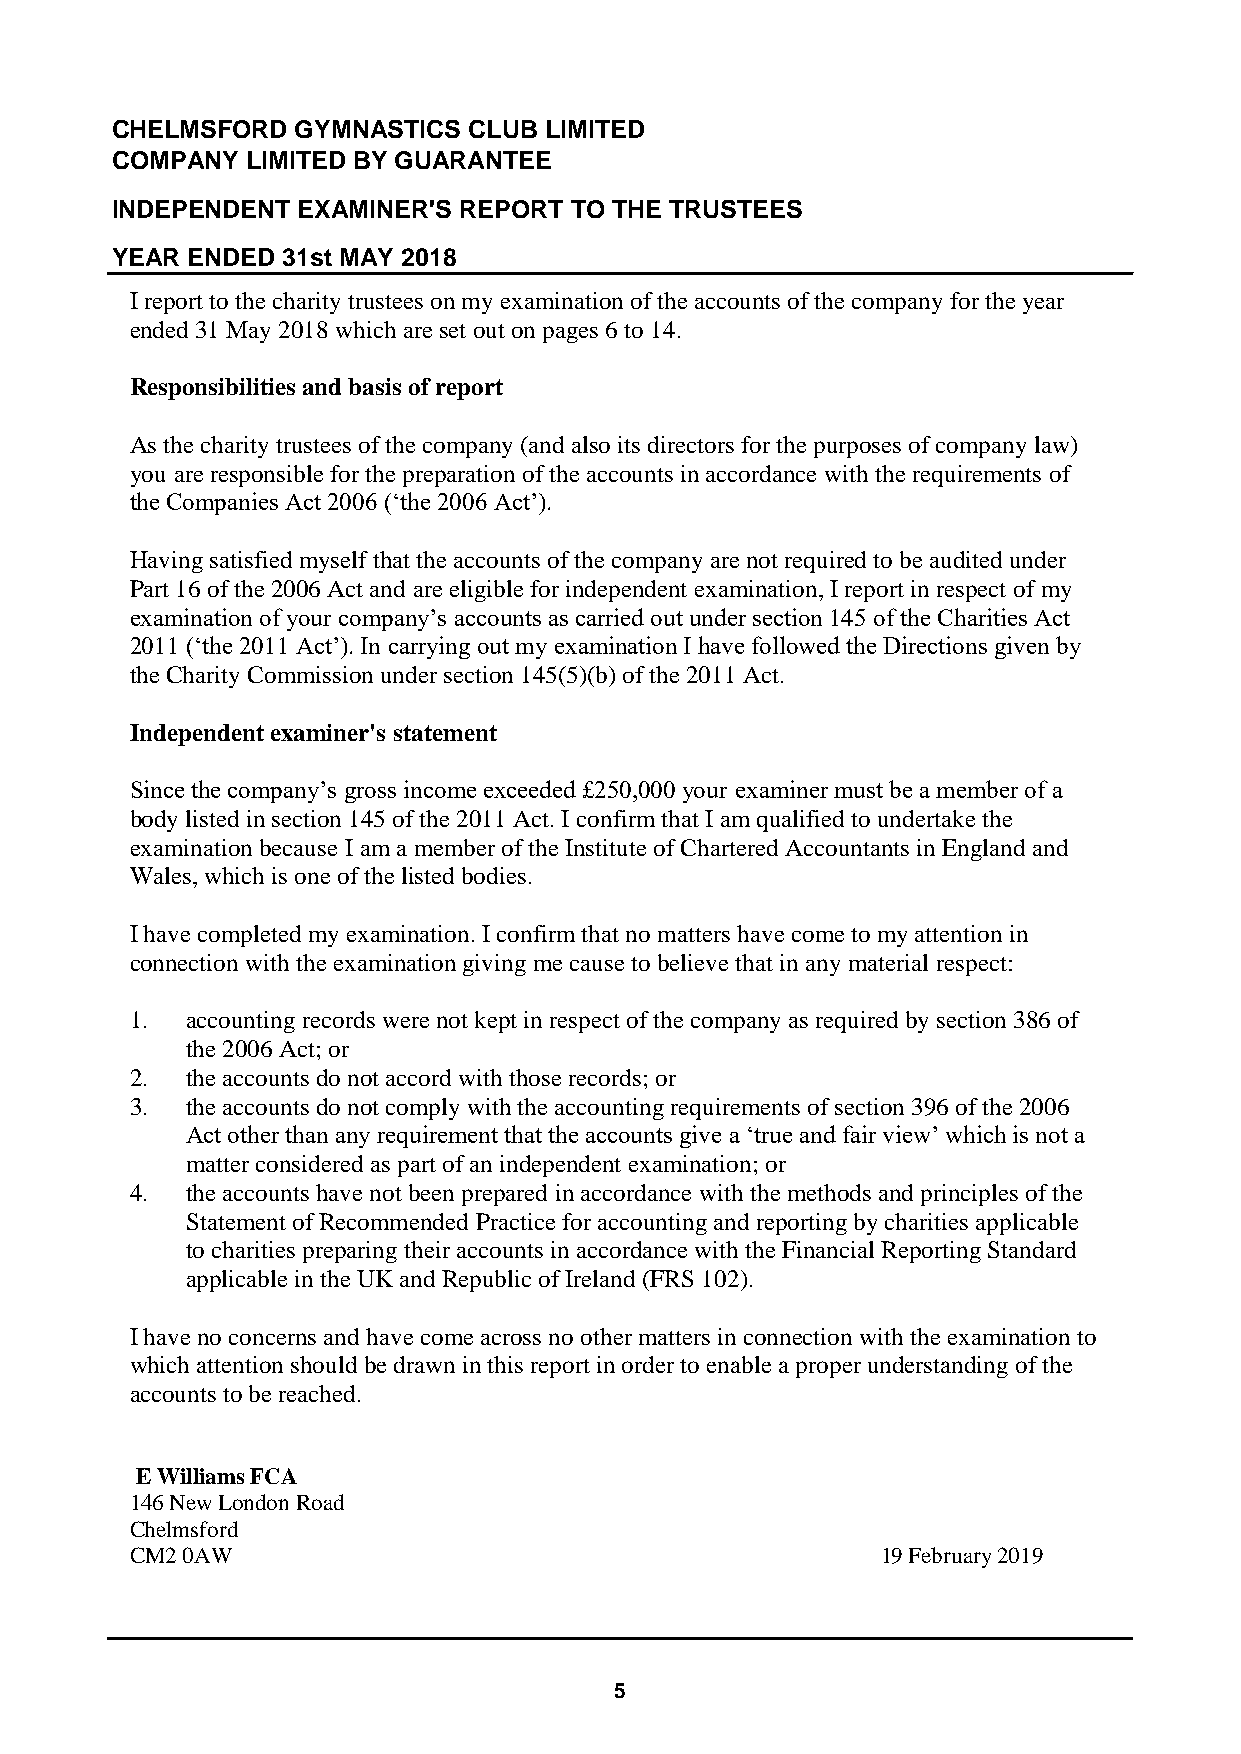
CHELMSFORD   GYMNASTICS CLUB LIMITED
 COMPANY  LIMITED BY GUARANTEE
 INDEPENDENT  EXAMINER'S REPORT TO THE TRUSTEES
 YEAR ENDED  31st MAY 2018
 I report to the charity trustees on my examination of the accounts of the company for the year
 ended 31 May 2018 which are set out on pages 6 to 14.
 Responsibilities and basis of report
 As the charity trustees of the company (and also its directors for the purposes of company law)
 you are responsible for the preparation of the accounts in accordance with the requirements of
 the Companies Act 2006 (‘the 2006 Act’).
 Having satisfied myself that the accounts of the company are not required to be audited under
 Part 16 of the 2006 Act and are eligible for independent examination, I report in respect of my
 examination of your company’s accounts as carried out under section 145 of the Charities Act
 2011 (‘the 2011 Act’). In carrying out my examination I have followed the Directions given by
 the Charity Commission under section 145(5)(b) of the 2011 Act.
 Independent examiner's statement
 Since the company’s gross income exceeded £250,000 your examiner must be a member of a
 body listed in section 145 of the 2011 Act. I confirm that I am qualified to undertake the
 examination because I am a member of the Institute of Chartered Accountants in England and
 Wales, which is one of the listed bodies.
 I have completed my examination. I confirm that no matters have come to my attention in
 connection with the examination giving me cause to believe that in any material respect:
 1. accounting records were not kept in respect of the company as required by section 386 of
 the 2006 Act; or
 2. the accounts do not accord with those records; or
 3. the accounts do not comply with the accounting requirements of section 396 of the 2006
 Act other than any requirement that the accounts give a ‘true and fair view’ which is not a
 matter considered as part of an independent examination; or
 4. the accounts have not been prepared in accordance with the methods and principles of the
 Statement of Recommended Practice for accounting and reporting by charities applicable
 to charities preparing their accounts in accordance with the Financial Reporting Standard
 applicable in the UK and Republic of Ireland (FRS 102).
 I have no concerns and have come across no other matters in connection with the examination to
 which attention should be drawn in this report in order to enable a proper understanding of the
 accounts to be reached.
 E Williams FCA
 146 New London Road
 Chelmsford
 CM2 0AW                                          19 February 2019
 5